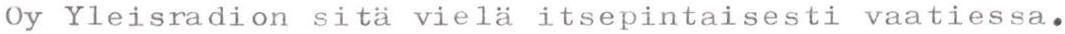
Oy Yleisradion sitä vielä itsepintaisesti vaatiessa.